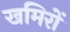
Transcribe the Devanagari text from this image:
खमिरों